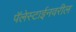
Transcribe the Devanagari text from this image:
पॅलेस्टाईनवरील